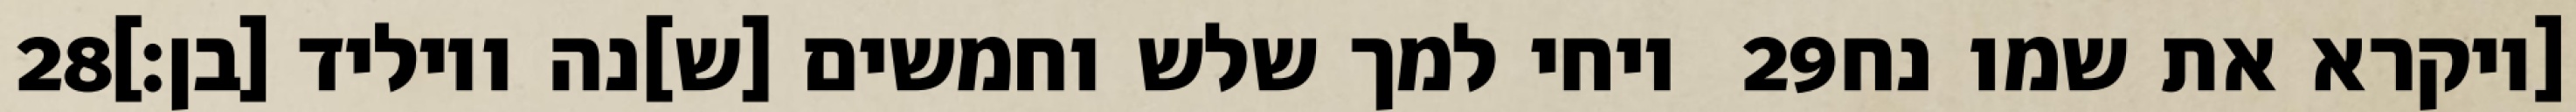
‎28‏ ויחי למך שלש וחמשים [ש]נה ויוליד [בן׃] ‎29‏ [ויקרא את שמו נח